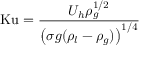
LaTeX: \mathrm { K u } = { \frac { U _ { h } \rho _ { g } ^ { 1 / 2 } } { \left( { \sigma g ( \rho _ { l } - \rho _ { g } ) } \right) ^ { 1 / 4 } } }